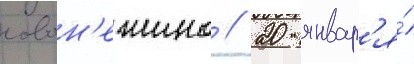
новон'ежино // 20 январ'я́